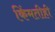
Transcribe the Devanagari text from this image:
किंमतीही